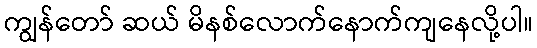
ကျွန်တော် ဆယ် မိနစ်လောက်နောက်ကျနေလို့ပါ။